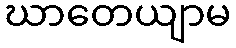
ဃာတေယျာမ